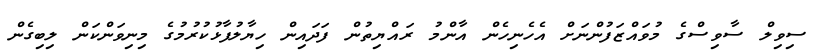
ސިވިލް ސާވިސްގެ މުވައްޒަފުންނަށް އެހެނިހެން އާންމު ރައްޔިތުން ފަދައިން ހިޔާލުފާޅުކުރުމުގެ މިނިވަންކަން ލިބިގެން